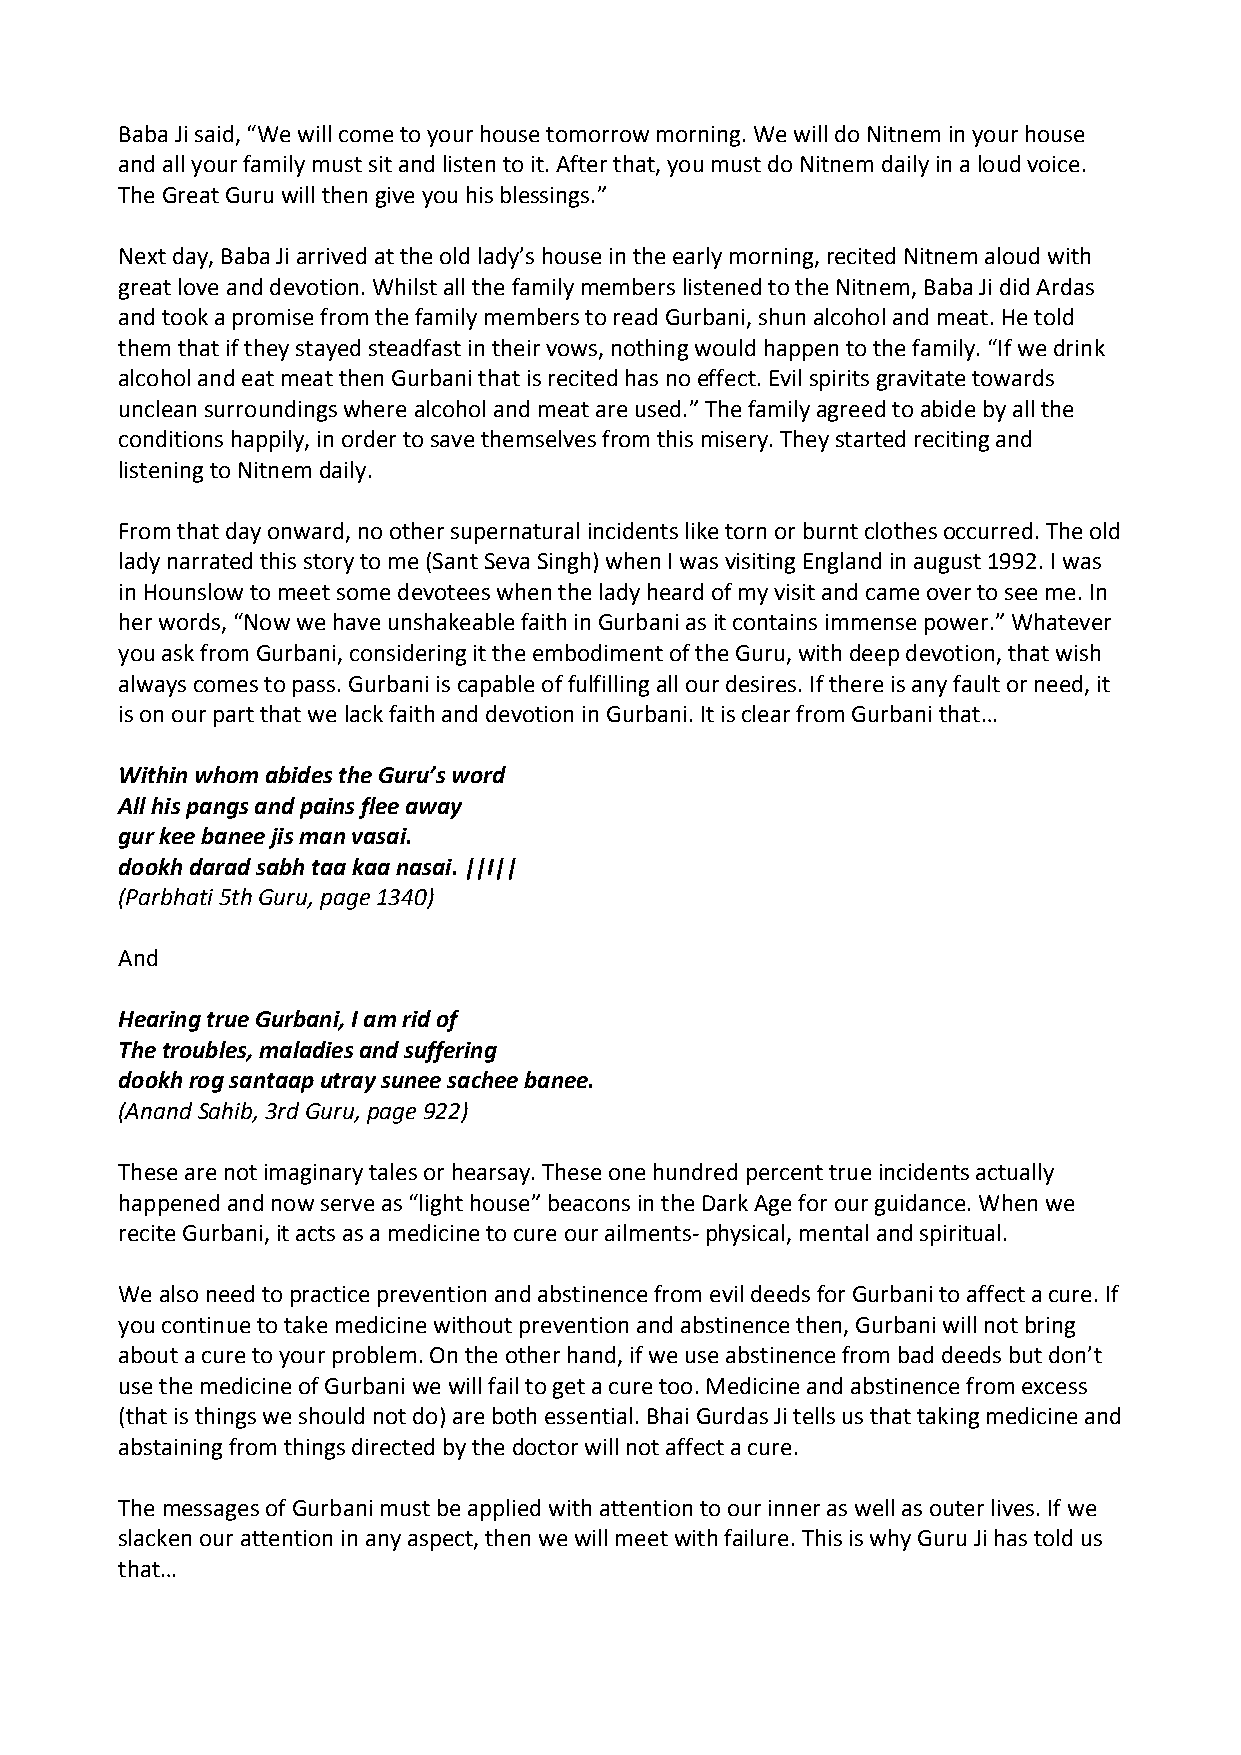
Baba Ji said, “We will come to your house tomorrow morning. We will do Nitnem in your house
 and all your family must sit and listen to it. After that, you must do Nitnem daily in a loud voice.
 The Great Guru will then give you his blessings.”
 Next day, Baba Ji arrived at the old lady’s house in the early morning, recited Nitnem aloud with
 great love and devotion. Whilst all the family members listened to the Nitnem, Baba Ji did Ardas
 and took a promise from the family members to read Gurbani, shun alcohol and meat. He told
 them that if they stayed steadfast in their vows, nothing would happen to the family. “If we drink
 alcohol and eat meat then Gurbani that is recited has no effect. Evil spirits gravitate towards
 unclean surroundings where alcohol and meat are used.” The family agreed to abide by all the
 conditions happily, in order to save themselves from this misery. They started reciting and
 listening to Nitnem daily.
 From that day onward, no other supernatural incidents like torn or burnt clothes occurred. The old
 lady narrated this story to me (Sant Seva Singh) when I was visiting England in august 1992. I was
 in Hounslow to meet some devotees when the lady heard of my visit and came over to see me. In
 her words, “Now we have unshakeable faith in Gurbani as it contains immense power.” Whatever
 you ask from Gurbani, considering it the embodiment of the Guru, with deep devotion, that wish
 always comes to pass. Gurbani is capable of fulfilling all our desires. If there is any fault or need, it
 is on our part that we lack faith and devotion in Gurbani. It is clear from Gurbani that…
 Within whom abides the Guru’s word
 All his pangs and pains flee away
 gur kee banee jis man vasai.
 dookh darad sabh taa kaa nasai. ||I||
 (Parbhati 5th Guru, page 1340)
 And
 Hearing true Gurbani, I am rid of
 The troubles, maladies and suffering
 dookh rog santaap utray sunee sachee banee.
 (Anand Sahib, 3rd Guru, page 922)
 These are not imaginary tales or hearsay. These one hundred percent true incidents actually
 happened and now serve as “light house” beacons in the Dark Age for our guidance. When we
 recite Gurbani, it acts as a medicine to cure our ailments‐ physical, mental and spiritual.
 We also need to practice prevention and abstinence from evil deeds for Gurbani to affect a cure. If
 you continue to take medicine without prevention and abstinence then, Gurbani will not bring
 about a cure to your problem. On the other hand, if we use abstinence from bad deeds but don’t
 use the medicine of Gurbani we will fail to get a cure too. Medicine and abstinence from excess
 (that is things we should not do) are both essential. Bhai Gurdas Ji tells us that taking medicine and
 abstaining from things directed by the doctor will not affect a cure.
 The messages of Gurbani must be applied with attention to our inner as well as outer lives. If we
 slacken our attention in any aspect, then we will meet with failure. This is why Guru Ji has told us
 that…